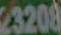
23200